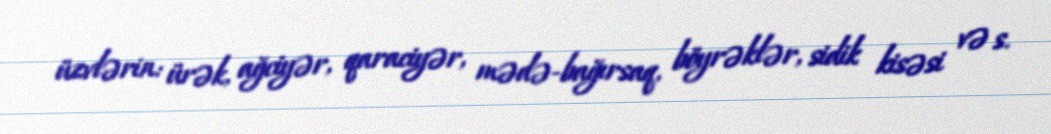
üzvlərin: ürək, ağciyər, qaraciyər, mədə-bağırsaq, böyrəklər, sidik kisəsi və s.